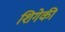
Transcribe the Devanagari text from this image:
शिगेकी